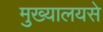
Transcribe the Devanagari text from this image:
मुख्यालयसे